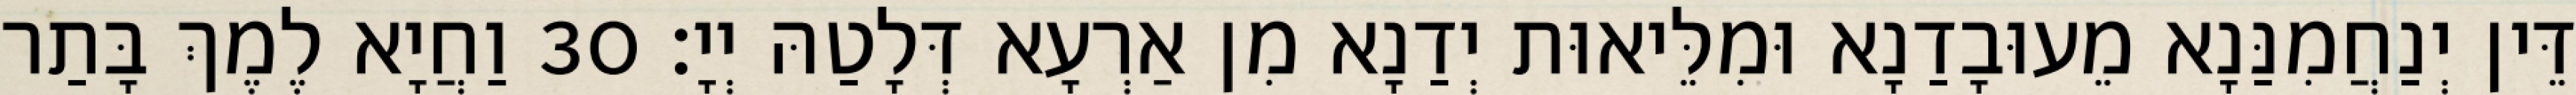
דֵּין יְנַחֲמִנַּנָא מֵעוּבָדַנָא וּמִלֵּיאוּת יְדַנָא מִן אַרְעָא דְּלָטַהּ יְיָ׃ 30 וַחֲיָא לֶמֶךְ בָּתַר